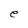
Character: e